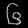
Digit: ၆